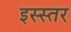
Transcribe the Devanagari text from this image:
इस्स्तर